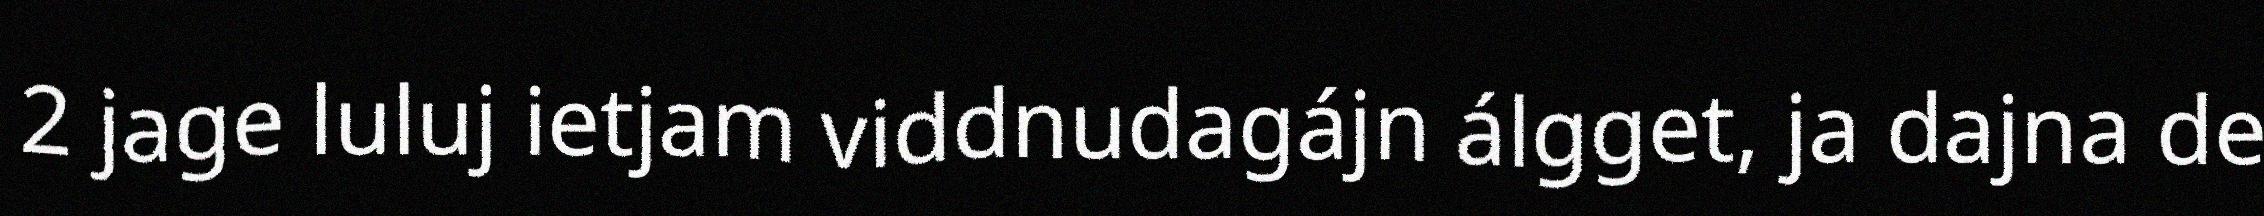
2 jage luluj ietjam viddnudagájn álgget, ja dajna de